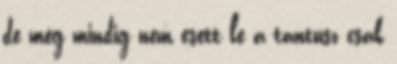
de még mindig nem esett le a tantusz csak